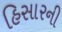
હિસારની